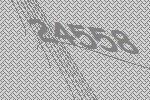
24558